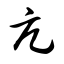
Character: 亢